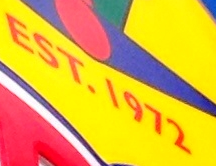
EST.1972